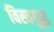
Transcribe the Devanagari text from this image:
विस्वयुद्ध